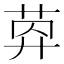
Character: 𦯛